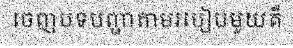
ចេញបទបញ្ជាតាមរបៀបមួយគឺ